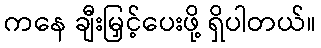
ကနေ ချီးမြှင့်ပေးဖို့ ရှိပါတယ်။